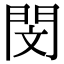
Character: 閔